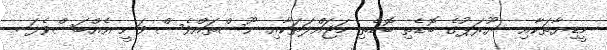
މީޑިޔާތަކާއި  ޔޫރަޕުގެ ބޮޑެތި ބޮޑެތި މަޖައްލަތަކާއި ނޫސްތައްވެސް ވަނީ އެއްބަސްވެފަ .